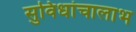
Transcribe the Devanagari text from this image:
सुविधांचालाभ